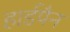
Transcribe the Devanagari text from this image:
हार्डपैन